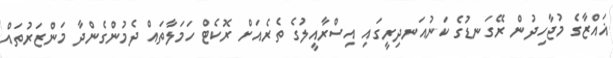
ޣައްޒާގެ މުޖާހިދުން ރޭގަނޑުގެ ކަނުއަނދިރީގައި އިސްރާއީލުގެ ތެރެއަށް ރޮކެޓް ހަމަލާތައް ދެމުންގެންދާ މަންޒަރުތައް